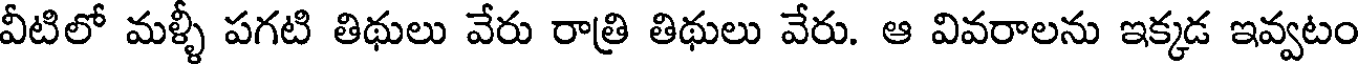
వీటిలో మళ్ళీ పగటి తిథులు వేరు రాత్రి తిథులు వేరు. ఆ వివరాలను ఇక్కడ ఇవ్వటం